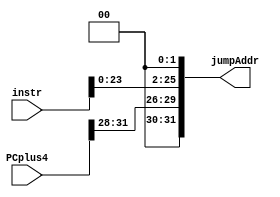
// Ryan Pencak
// getJumpAddr.v

/* getJumpAddr module: calculates the jump address */
module Get_Jump_Addr(instr, PCplus4,
                    jumpAddr);

  /* declare inputs */
  input [31:0] instr;
  input [31:0] PCplus4;

  /* declare outputs */
  output wire [31:0] jumpAddr;

  assign jumpAddr = {PCplus4[31:28], instr[25:0] << 2}; // Calculate jump address based on PC+4 and instruction

endmodule